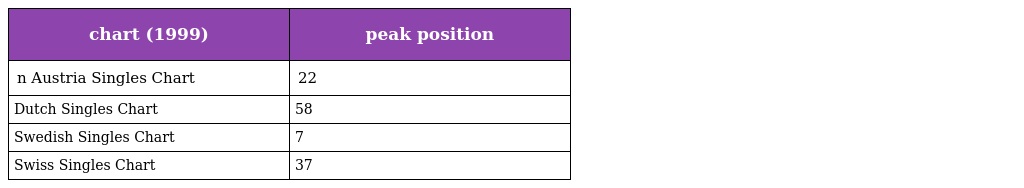
| chart (1999) | peak position |
 | --- | --- |
 | n Austria Singles Chart | 22 |
 | Dutch Singles Chart | 58 |
 | Swedish Singles Chart | 7 |
 | Swiss Singles Chart | 37 |